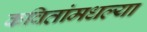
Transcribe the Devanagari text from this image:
कवितांमधल्या